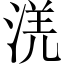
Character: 㳾